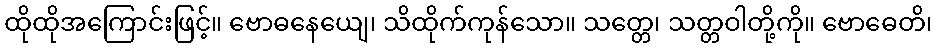
ထိုထိုအကြောင်းဖြင့်။ ဗောဓနေယျေ၊ သိထိုက်ကုန်သော။ သတ္တေ၊ သတ္တဝါတို့ကို။ ဗောဓေတိ၊